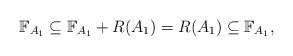
LaTeX: \begin{align*}\mathbb{F}_{A_1}\subseteq\mathbb{F}_{A_1}+R(A_1)=R(A_1)\subseteq \mathbb{F}_{A_1},\end{align*}